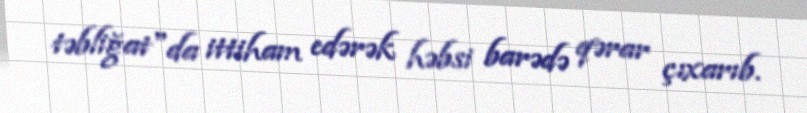
təbliğat"da ittiham edərək həbsi barədə qərar çıxarıb.